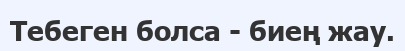
Тебеген болса - биең жау.